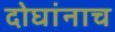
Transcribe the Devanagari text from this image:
दोघांनाच